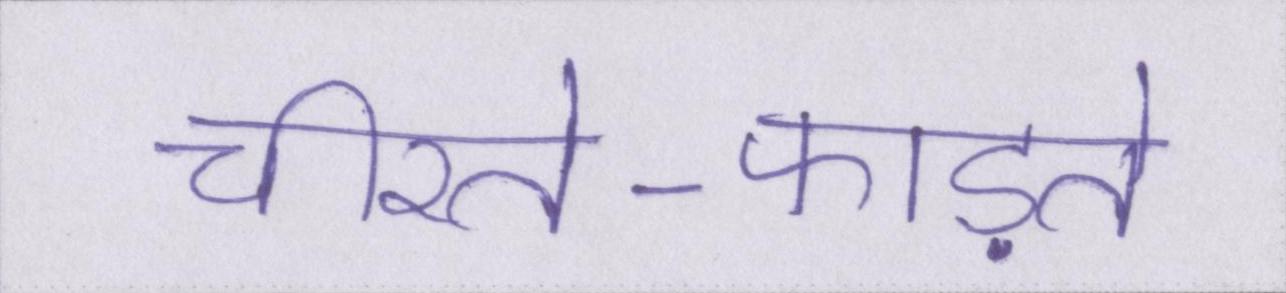
चीरते-फाड़ते